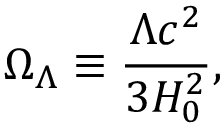
\Omega _ { \Lambda } \equiv { \frac { \Lambda c ^ { 2 } } { 3 H _ { 0 } ^ { 2 } } } ,